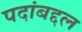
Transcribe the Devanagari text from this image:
पदांबद्दल